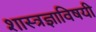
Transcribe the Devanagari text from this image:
शास्त्रज्ञाविषयी